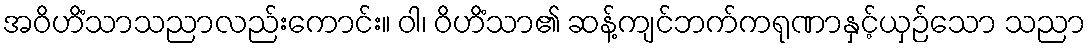
အဝိဟိံသာသညာလည်းကောင်း။ ဝါ၊ ဝိဟိံသာ၏ ဆန့်ကျင်ဘက်ကရုဏာနှင့်ယှဉ်သော သညာ